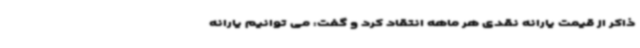
ذاکر از قیمت یارانه نقدی هر ماهه انتقاد کرد و گفت: می توانیم یارانه